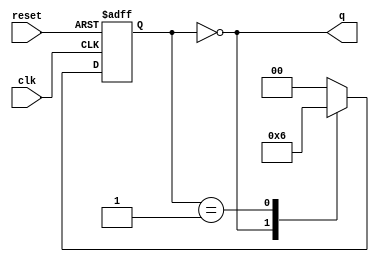
module divideby3FSM(input  clk, 
                    input  reset, 
                    output q);

   reg  [1:0] state, nextstate;

   parameter S0 = 2'b00;
   parameter S1 = 2'b01;
   parameter S2 = 2'b10;

   // State Register
   always @(posedge clk, posedge reset)
      if (reset) state <= S0;
      else       state <= nextstate;

   // Next State Logic
   always @(*)
      case (state)
         S0: nextstate <= S1;
         S1: nextstate <= S2;
         S2: nextstate <= S0;
         default: nextstate <= S0;
      endcase

   // Output Logic
   assign q = (state == S0);
endmodule